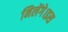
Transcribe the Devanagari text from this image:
मिलेंगे।इस